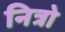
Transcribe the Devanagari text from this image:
नित्रो